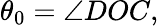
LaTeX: \theta_{0}=\angle DOC,